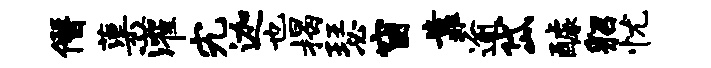
僭蕖灌究迦也揭瑟窗靠逾岱醵貂忧